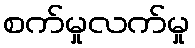
စက်မှုလက်မှု